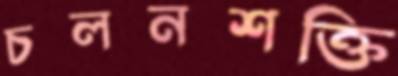
চলনশক্তি